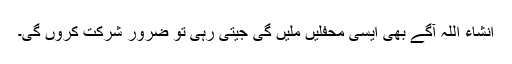
انشاء اللہ آگے بھی ایسی محفلیں ملیں گی جیتی رہی تو ضرور شرکت کروں گی۔